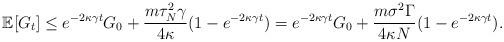
LaTeX: \begin{align*}\mathbb{E}[G_t] \le e^{-2\kappa\gamma t}G_{0}+\frac{m\tau_N^2 \gamma}{4\kappa}(1-e^{-2\kappa\gamma t})=e^{-2\kappa\gamma t}G_{0}+\frac{m\sigma^2 \Gamma}{4\kappa N }(1-e^{-2\kappa\gamma t}).\end{align*}